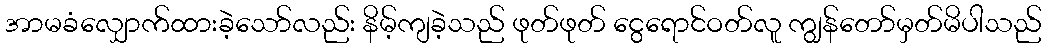
အာမခံလျှောက်ထားခဲ့သော်လည်း နိမ့်ကျခဲ့သည် ဖုတ်ဖုတ် ငွေရောင်ဝတ်လူ ကျွန်တော်မှတ်မိပါသည်